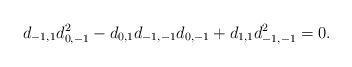
LaTeX: \begin{align*}d_{-1,1}d_{0,-1}^2 -d_{0,1}d_{-1,-1}d_{0,-1} +d_{1,1}d_{-1,-1}^2=0.\end{align*}